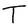
Character: T